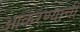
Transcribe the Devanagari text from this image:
आकरण्याची